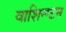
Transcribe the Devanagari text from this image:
वाशिन्ग्टन